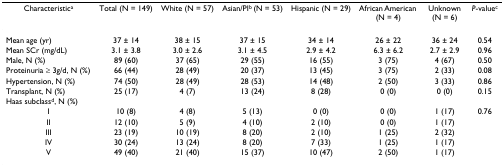
| Characteristica | Total (N = 149) | White (N = 57) | Asian/PIb (N = 53) | Hispanic (N = 29) | African American (N = 4) | Unknown (N = 6) | P-valuec |
 | --- | --- | --- | --- | --- | --- | --- | --- |
 | Mean age (yr) | 37 ± 14 | 38 ± 15 | 37 ± 15 | 34 ± 14 | 26 ± 22 | 36 ± 24 | 0.54 |
 | Mean SCr (mg/dL) | 3.1 ± 3.8 | 3.0 ± 2.6 | 3.1 ± 4.5 | 2.9 ± 4.2 | 6.3 ± 6.2 | 2.7 ± 2.9 | 0.96 |
 | Male, N (%) | 89 (60) | 37 (65) | 29 (55) | 16 (55) | 3 (75) | 4 (67) | 0.50 |
 | Proteinuria ≥ 3g/d, N (%) | 66 (44) | 28 (49) | 20 (37) | 13 (45) | 3 (75) | 2 (33) | 0.08 |
 | Hypertension, N (%) | 74 (50) | 28 (49) | 28 (53) | 14 (48) | 2 (50) | 3 (33) | 0.86 |
 | Transplant, N (%) | 25 (17) | 4 (7) | 13 (24) | 8 (28) | 0 (0) | 0 (0) | 0.15 |
 | Haas subclassd, N (%) |  |  |  |  |  |  |  |
 | I | 10 (8) | 4 (8) | 5 (13) | 0 (0) | 0 (0) | 1 (17) | 0.76 |
 | II | 12 (10) | 5 (9) | 4 (10) | 2 (10) | 0 (0) | 1 (17) |  |
 | III | 23 (19) | 10 (19) | 8 (20) | 2 (10) | 1 (25) | 2 (32) |  |
 | IV | 30 (24) | 13 (24) | 8 (20) | 7 (33) | 1 (25) | 1 (17) |  |
 | V | 49 (40) | 21 (40) | 15 (37) | 10 (47) | 2 (50) | 1 (17) |  |